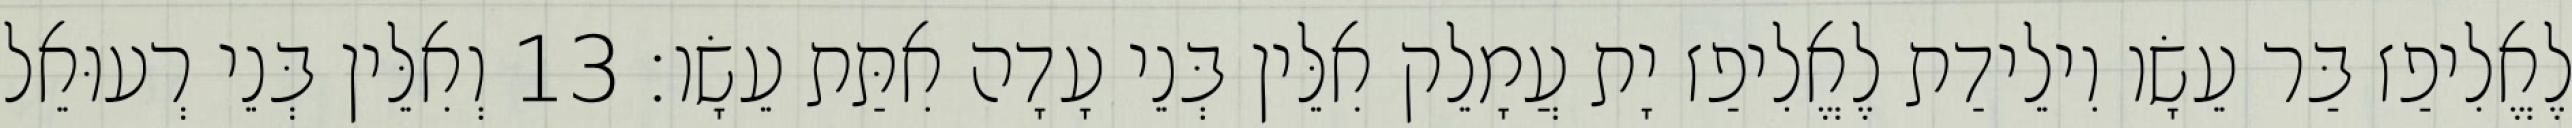
לֶאֱלִיפַז בַּר עֵשָׂו וִילֵידַת לֶאֱלִיפַז יָת עֲמָלֵק אִלֵּין בְּנֵי עָדָה אִתַּת עֵשָׂו׃ 13 וְאִלֵּין בְּנֵי רְעוּאֵל